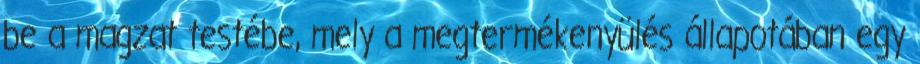
be a magzat testébe, mely a megtermékenyülés állapotában egy